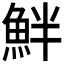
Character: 𩶐